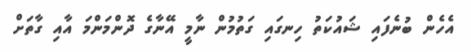
އެހެން ބުނެފައި ޝައުކަތު ހިނގައި ގަތުމުން ނާމީ އޭނާގެ ދޮންމަންމަ އާއި ގާތަށް